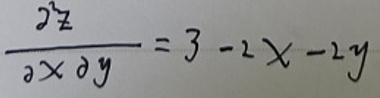
\[
\frac{\partial^{2}z}{\partial x\partial y}=3 - 2x - 2y
\]